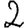
Digit: 2